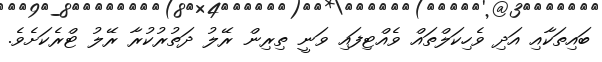
ބައިތަކާއި އަދި ވެހިކަލްތައް ވެއްޓިފައި ވަނީ ތިރިން ރޭލު ދަތުރުކުރާ ރޭލު ޓްރެކަަށެވެ.